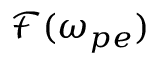
\mathcal { F } ( \omega _ { p e } )